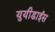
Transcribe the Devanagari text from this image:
युयीडाईस